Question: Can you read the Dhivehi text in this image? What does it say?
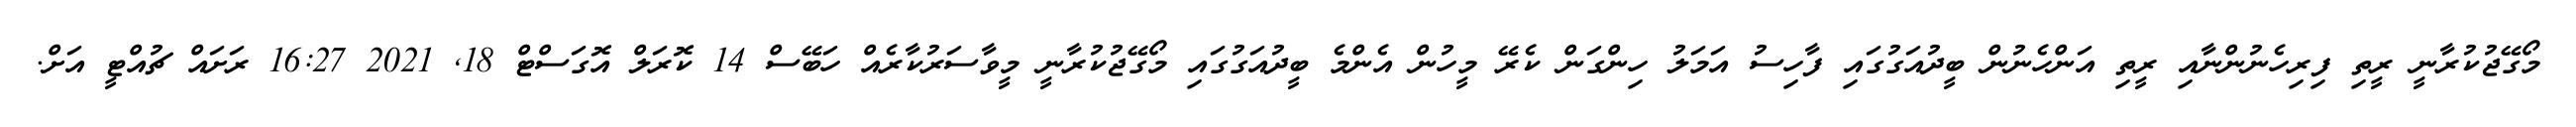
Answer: މޯގޭޖުކުރާނީ ރީތި ފިރިހެނުންނާއި ރީތި އަންހެނުން ބީދުއަގުގައި ފާހިސު އަމަލު ހިންގަން ކެރޭ މީހުން އެންމެ ބީދުއަގުގައި މޯގޭޖުކުރާނީ މީވާސަރުކާރެއް ހަބޭސް 14 ކޮރަލް އޮގަސްޓް 18, 2021 16:27 ރަށައް ޗުއްޓީ އަށް.